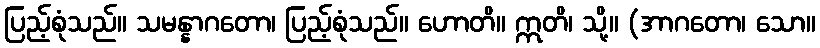
ပြည့်စုံသည်။ သမန္နာဂတော၊ ပြည့်စုံသည်။ ဟောတိ။ ဣတိ၊ သို့။ (အာဂတော၊ သော။